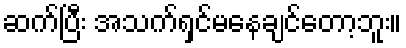
ဆက်ပြီး အသက်ရှင်မနေချင်တော့ဘူး။